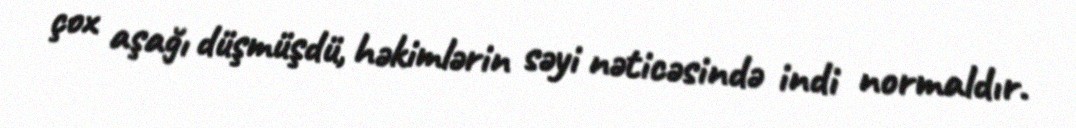
çox aşağı düşmüşdü, həkimlərin səyi nəticəsində indi normaldır.